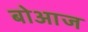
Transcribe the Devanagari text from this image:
बोआज